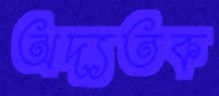
অদ্যতক